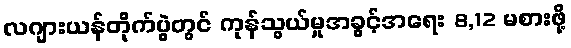
လဂျားယန်တိုက်ပွဲတွင် ကုန်သွယ်မှုအခွင့်အရေး 8,12 မစားဖို့